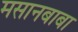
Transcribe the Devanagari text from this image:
मसानबाबा